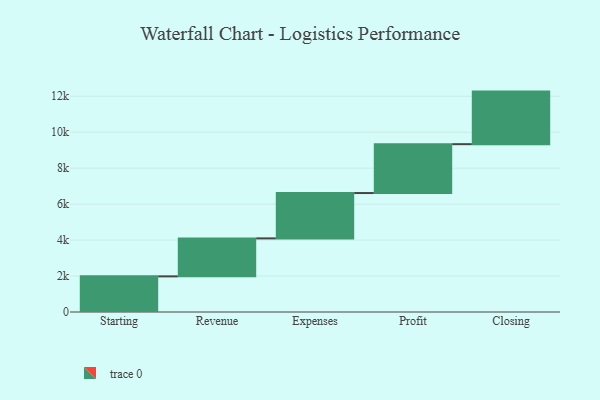
{"axis": {"x": "Step", "y": "Value"}, "legend": [""], "data": [{"x": "Starting", "y": 1982.0, "type": ""}, {"x": "Revenue", "y": 2112.0, "type": ""}, {"x": "Expenses", "y": 2523.0, "type": ""}, {"x": "Profit", "y": 2718.0, "type": ""}, {"x": "Closing", "y": 2924.0, "type": ""}]}